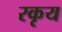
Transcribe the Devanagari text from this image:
रकृय